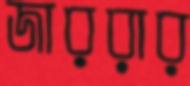
জাররার